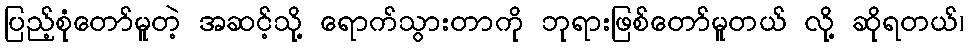
ပြည့်စုံတော်မူတဲ့ အဆင့်သို့ ရောက်သွားတာကို ဘုရားဖြစ်တော်မူတယ် လို့ ဆိုရတယ်၊